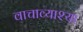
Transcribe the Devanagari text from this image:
वाचाव्याश्या